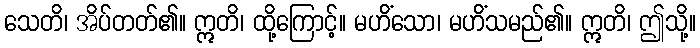
သေတိ၊ အိပ်တတ်၏။ ဣတိ၊ ထို့ကြောင့်။ မဟိံသော၊ မဟိံသမည်၏။ ဣတိ၊ ဤသို့။